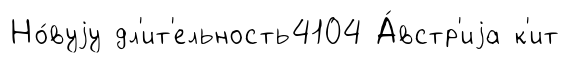
Но́вуjу дл'ит'ельность4104 А́встр'иjа к'ит